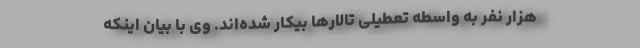
هزار نفر به واسطه تعطیلی تالارها بیکار شده‌اند. وی با بیان اینکه